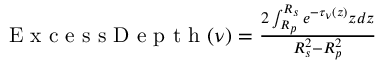
\begin{array} { r } { \mathrm { ~ E ~ x ~ c ~ e ~ s ~ s ~ D ~ e ~ p ~ t ~ h ~ } ( \nu ) = \frac { 2 \int _ { R _ { p } } ^ { R _ { s } } e ^ { - \tau _ { \nu } ( z ) } z d z } { R _ { s } ^ { 2 } - R _ { p } ^ { 2 } } } \end{array}